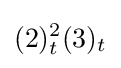
(2)_{t}^{2}(3)_{t}